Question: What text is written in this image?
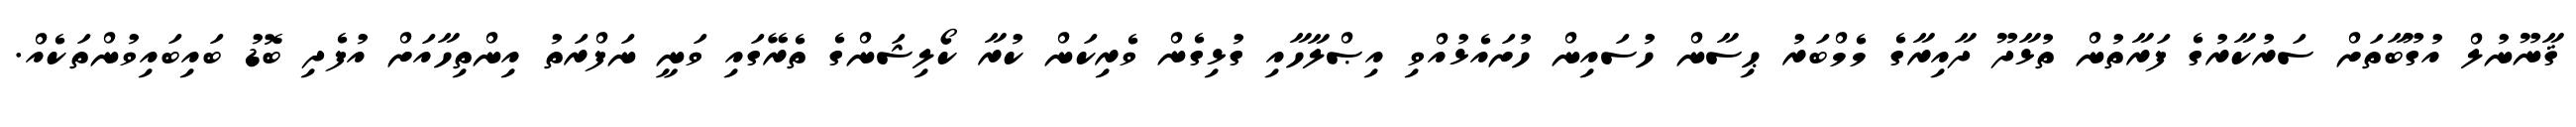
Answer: ޤާނޫނުލް އުގޫބާތަށް ސަރުކާރުގެ ފަރާތުން ތުޅާދޫ ދާއިރާގެ މެމްބަރު ޙިސާން ހުސައިން ހުށައެޅުއްވި އިޞްލާހާއި ގުޅިގެން ވެރިކަން ކުރާ ކޯލިޝަންގެ ތެރޭގައި ވަނީ ނަފްރަތު އިންތިހާއަށް އުފެދި ބޮޑު ބައިބައިވުންތަކެއް.